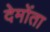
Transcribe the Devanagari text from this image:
देमोंता